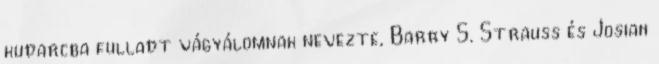
kudarcba fulladt vágyálomnak nevezte, Barry S. Strauss és Josiah